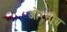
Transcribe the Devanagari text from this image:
ओरसोस